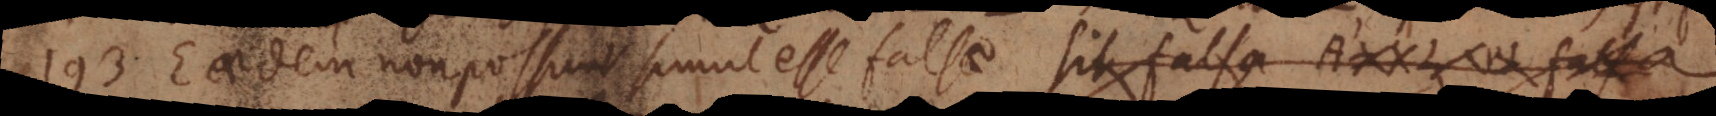
193) Eaedem non possunt simul esse falsae. Sit falsa A